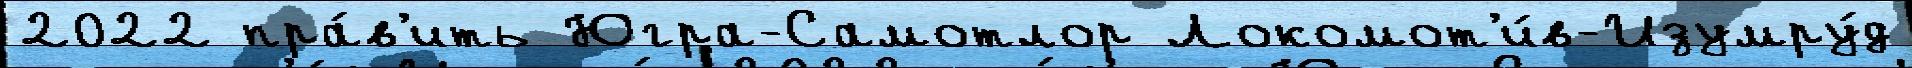
2022 пра́в'ить Югра-Самотлор Локомот'и́в-Изумру́д